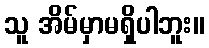
သူ အိမ်မှာမရှိပါဘူး။